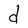
Character: d